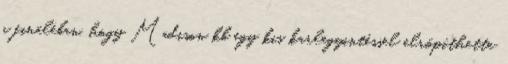
a fináléban, hogy Madison kb egy kis karlegyintéssel elröpíthette